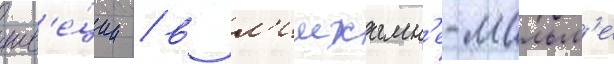
шв'е́ции / в л'имхамн'е-мальм'е